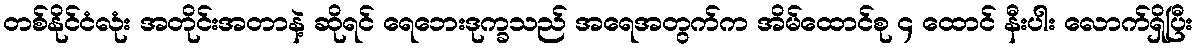
တစ်နိုင်ငံလုံး အတိုင်းအတာနဲ့ ဆိုရင် ရေဘေးဒုက္ခသည် အရေအတွက်က အိမ်ထောင်စု ၄ ထောင် နီးပါး လောက်ရှိပြီး